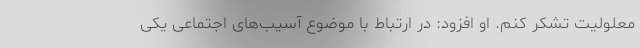
معلولیت تشکر کنم. او افزود: در ارتباط با موضوع آسیب‌های اجتماعی یکی